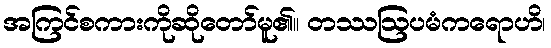
အကြင်စကားကိုဆိုတော်မူ၏။ တဿဩပမံကရောဟိ၊